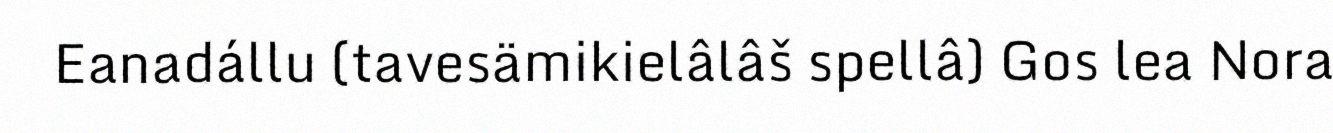
Eanadállu (tavesämikielâlâš spellâ) Gos lea Nora